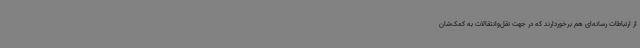
از ارتباطات رسانه‌ای هم برخوردارند که در جهت نقل‌وانتقالات به کمک‌شان